system: You are a helpful assistant.
user:
Analyze the provided spectrum to determine if it is a **Carbon Star (C-type)**.

- **Key Visual Indicators of Carbon Star:**
    - **(Primary):** Strong molecular absorption from **C₂ (diatomic carbon) "Swan Bands."** This is the **defining feature** of a carbon star.
        - **(Key Bandheads):** Sharp absorption edges are visible at approximately $5635$ Å, $5165$ Å (the strongest band), and $4737$ Å.
        - **(Line Profile):** Creates a distinct **"saw-tooth"** pattern. The key morphology is a sharp, steep bandhead on the **red (long-wavelength) side**, which then gradually tapers off (i.e., flux recovers) towards the **blue (short-wavelength) side**. *(This is the direct opposite of the TiO bands seen in M-type stars)*.

    - **(Secondary):** Intense **CN (cyanogen)** molecular absorption bands.
        - **(Key Bandheads):** Located in the blue and violet regions of the spectrum (e.g., near $4215$ Å and $3883$ Å).
        - **(Morphology):** These bands are extremely broad and act as a "blanket," absorbing the vast majority of blue and violet light. This creates a characteristic **"cliff"** or **"steep drop-off"** in the spectrum's flux at short wavelengths.

    - **(Key Confirmation):** Strong **CH absorption band (G-band)**.
        - **(Key Bandhead):** Located around $4300$ Å. The contribution from CH molecules to this band is exceptionally strong.

    - **(Overall Spectrum):**
        - The continuum is severely "chopped up" by these deep molecular bands, especially C₂, rather than appearing as a smooth curve.
        - Due to the heavy CN and C₂ absorption in the blue-green, the vast majority of the star's flux is concentrated in the red part of the spectrum, giving the star its characteristic deep red color.

Think first, call **spectral_visualization_tool** if needed to examine features in detail, then provide your final answer. Your response must adhere to the following strict rules:
1.  **Overall Structure:** Your response must follow the format `<think>...</think> <tool_call>...</tool_call> (if a tool is used) <answer>...</answer>`.
2.  **Tool Usage Constraint:** You may only make **one** tool call per turn.
3.  **Final Answer Format:** In the `<answer>` tag, your conclusion must be inside a `\boxed{}` command (e.g., `\boxed{YES}`), followed by your justification.

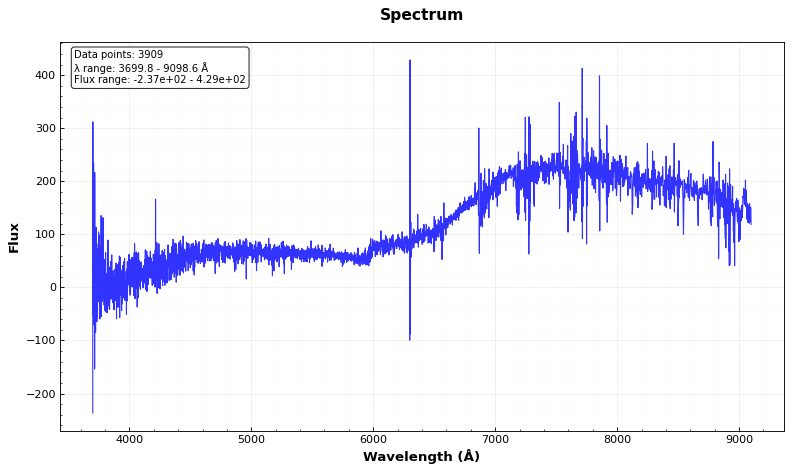
Answer: NO